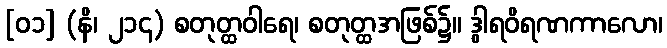
[၀၁] (နိ၊ ၂၁၄) စတုတ္ထဝါရေ၊ စတုတ္ထအဖြစ်၌။ ဒွါရဝိရဏကာလော၊